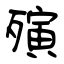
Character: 殥